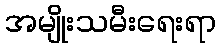
အမျိုးသမီးရေးရာ